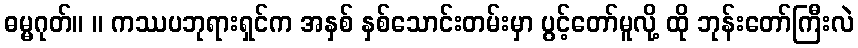
ဓမ္မဂုတ်။ ။ ကဿပဘုရားရှင်က အနှစ် နှစ်သောင်းတမ်းမှာ ပွင့်တော်မူလို့ ထို ဘုန်းတော်ကြီးလဲ